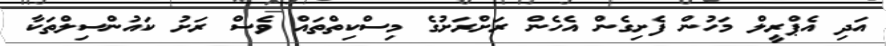
އަދި އެޕްރީލް މަހުން ފެށިގެން އެހެން ރަށްރަށުގެ މިސްކިތްތައް ވެސް ރަށު ކައުންސިލްތަކާ